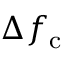
\Delta f _ { \mathrm { c } }